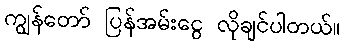
ကျွန်တော် ပြန်အမ်းငွေ လိုချင်ပါတယ်။